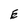
Character: E